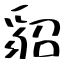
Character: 貂